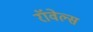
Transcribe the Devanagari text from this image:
रॉवेल्स